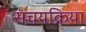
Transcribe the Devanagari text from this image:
संचयक्रिया